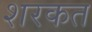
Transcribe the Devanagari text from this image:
शरकत